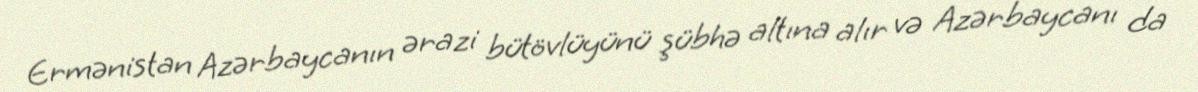
Ermənistan Azərbaycanın ərazi bütövlüyünü şübhə altına alır və Azərbaycanı da